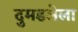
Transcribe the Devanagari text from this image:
दुमडलेला